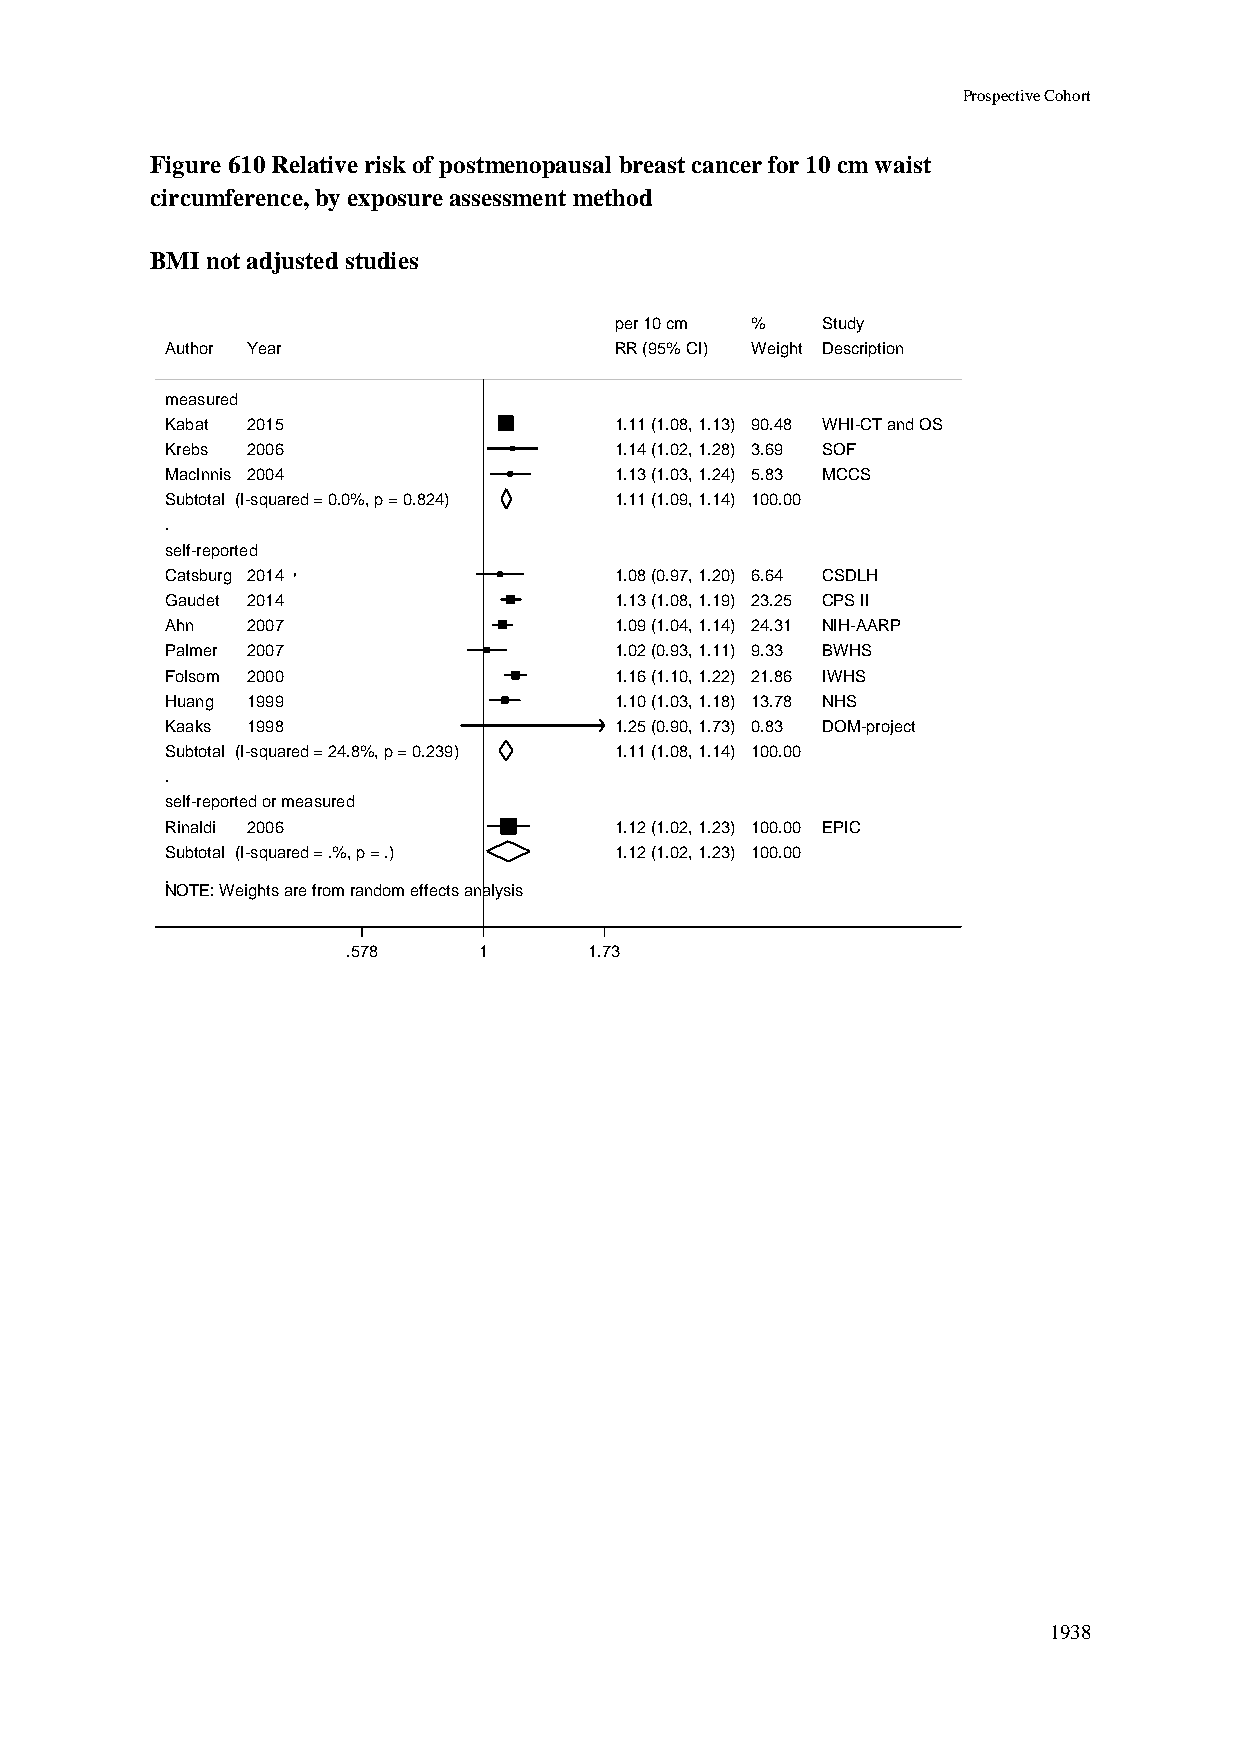
Prospective Cohort
 Figure 610 Relative risk of postmenopausal breast cancer for 10 cm waist
 circumference, by exposure assessment method
 BMI not adjusted studies
 ppeerr 1100 ccmm %% Study
 Author Year                   RRRR ((9955%% CCII)) WWeeiigghhtt Description
 measured
 Kabat 2015                    11..1111 ((11..0088,, 11..1133)) 9900..4488 WHI-CT and OS
 Krebs 2006                    11..1144 ((11..0022,, 11..2288)) 33..6699 SOF
 MacInnis 2004                 11..1133 ((11..0033,, 11..2244)) 55..8833 MCCS
 Subtotal (I-squared = 0.0%, p = 0.824) 11..1111 ((11..0099,, 11..1144)) 110000..0000
 .
 self-reported
 Catsburg 2014                 11..0088 ((00..9977,, 11..2200)) 66..6644 CSDLH
 Gaudet 2014                   11..1133 ((11..0088,, 11..1199)) 2233..2255 CPS II
 Ahn  2007                     11..0099 ((11..0044,, 11..1144)) 2244..3311 NIH-AARP
 Palmer 2007                   11..0022 ((00..9933,, 11..1111)) 99..3333 BWHS
 Folsom 2000                   11..1166 ((11..1100,, 11..2222)) 2211..8866 IWHS
 Huang 1999                    11..1100 ((11..0033,, 11..1188)) 1133..7788 NHS
 Kaaks 1998                    11..2255 ((00..9900,, 11..7733)) 00..8833 DOM-project
 Subtotal (I-squared = 24.8%, p = 0.239) 11..1111 ((11..0088,, 11..1144)) 110000..0000
 .
 self-reported or measured
 Rinaldi 2006                  11..1122 ((11..0022,, 11..2233)) 110000..0000 EPIC
 Subtotal (I-squared = .%, p = .) 11..1122 ((11..0022,, 11..2233)) 110000..0000
 .
 NOTE: Weights are from random effects analysis
 .578     11     1.73
 1938